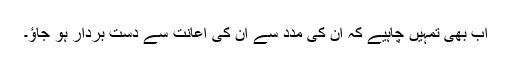
اب بھی تمہیں چاہیے کہ ان کی مدد سے ان کی اعانت سے دست بردار ہو جاؤ۔